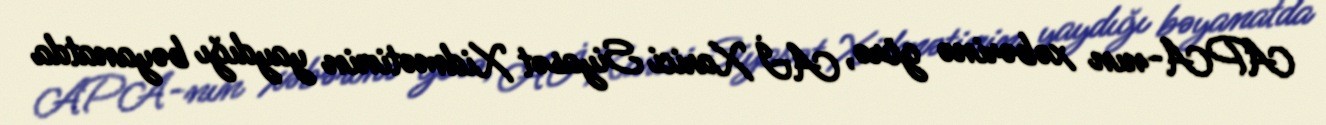
APA-nın xəbərinə görə, Aİ Xarici Siyasət Xidmətinin yaydığı bəyanatda